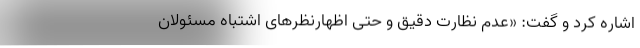
اشاره کرد و گفت: «عدم نظارت دقیق و حتی اظهارنظرهای اشتباه مسئولان